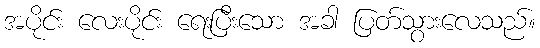
အပိုင်း လေးပိုင်း ရေးပြီးသော အခါ ပြတ်သွားလေသည်။